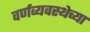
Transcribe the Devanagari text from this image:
वर्णव्यवस्थेच्या